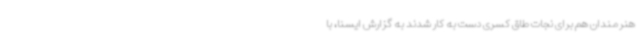
هنرمندان هم برای نجات طاق کسری دست به کار شدند به گزارش ایسنا، با